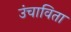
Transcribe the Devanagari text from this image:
उंचाविता